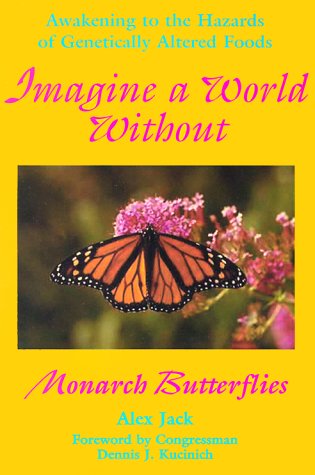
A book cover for Imagine a World Without Monarch Butterflies: Awakening to the Hazards of Genetically Altered Foods; Alex Jack; Health, Fitness & Dieting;